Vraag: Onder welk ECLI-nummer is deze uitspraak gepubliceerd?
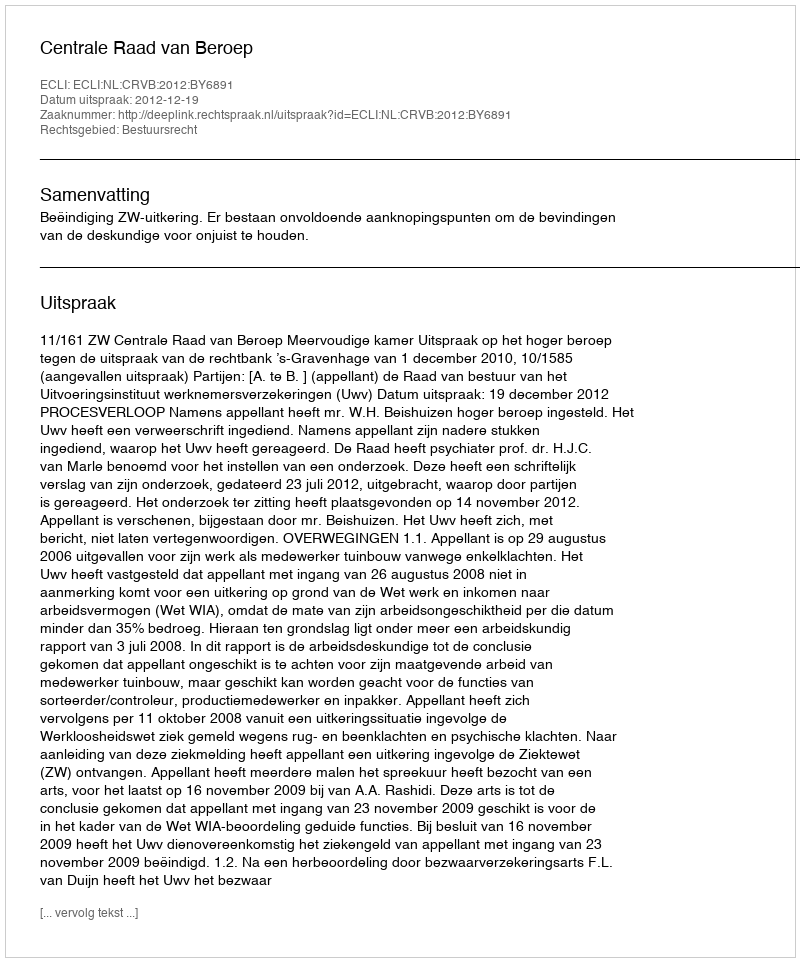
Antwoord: ECLI:NL:CRVB:2012:BY6891